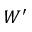
W ^ { \prime }